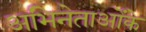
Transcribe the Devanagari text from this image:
अभिनेताओंके